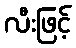
လီးဖြင့်